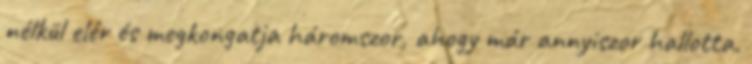
nélkül elér és megkongatja háromszor, ahogy már annyiszor hallotta.